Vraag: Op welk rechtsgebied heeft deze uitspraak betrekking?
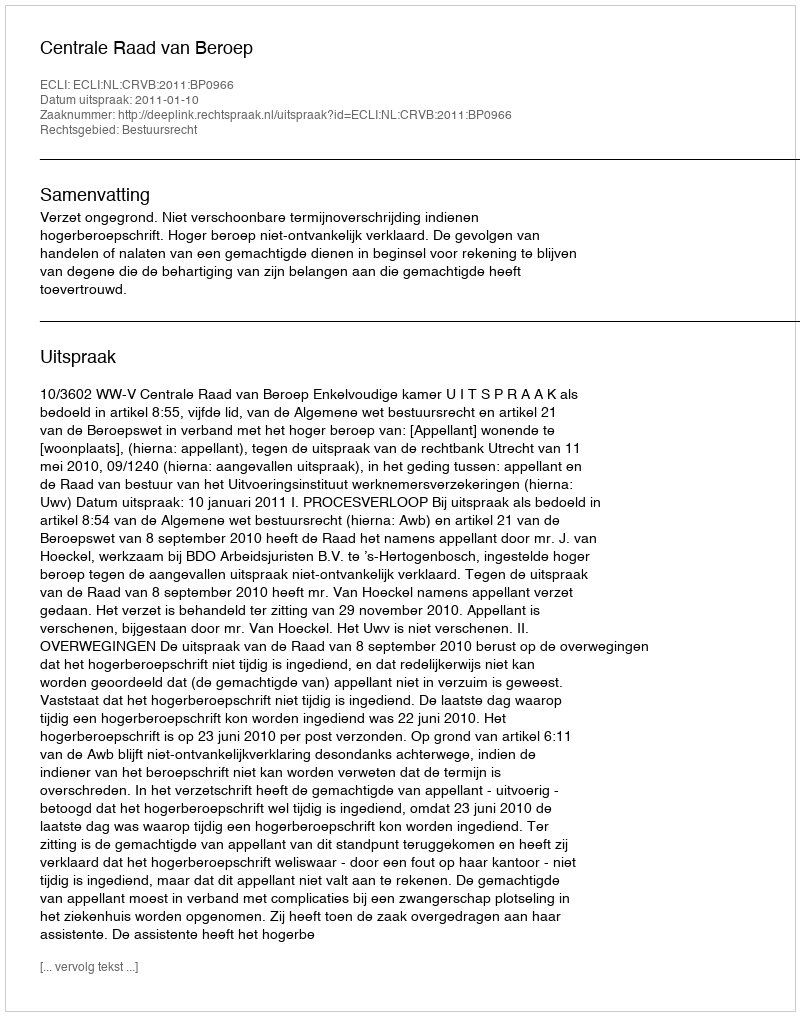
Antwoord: Bestuursrecht